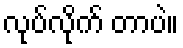
လုပ်လိုက် တာပဲ။